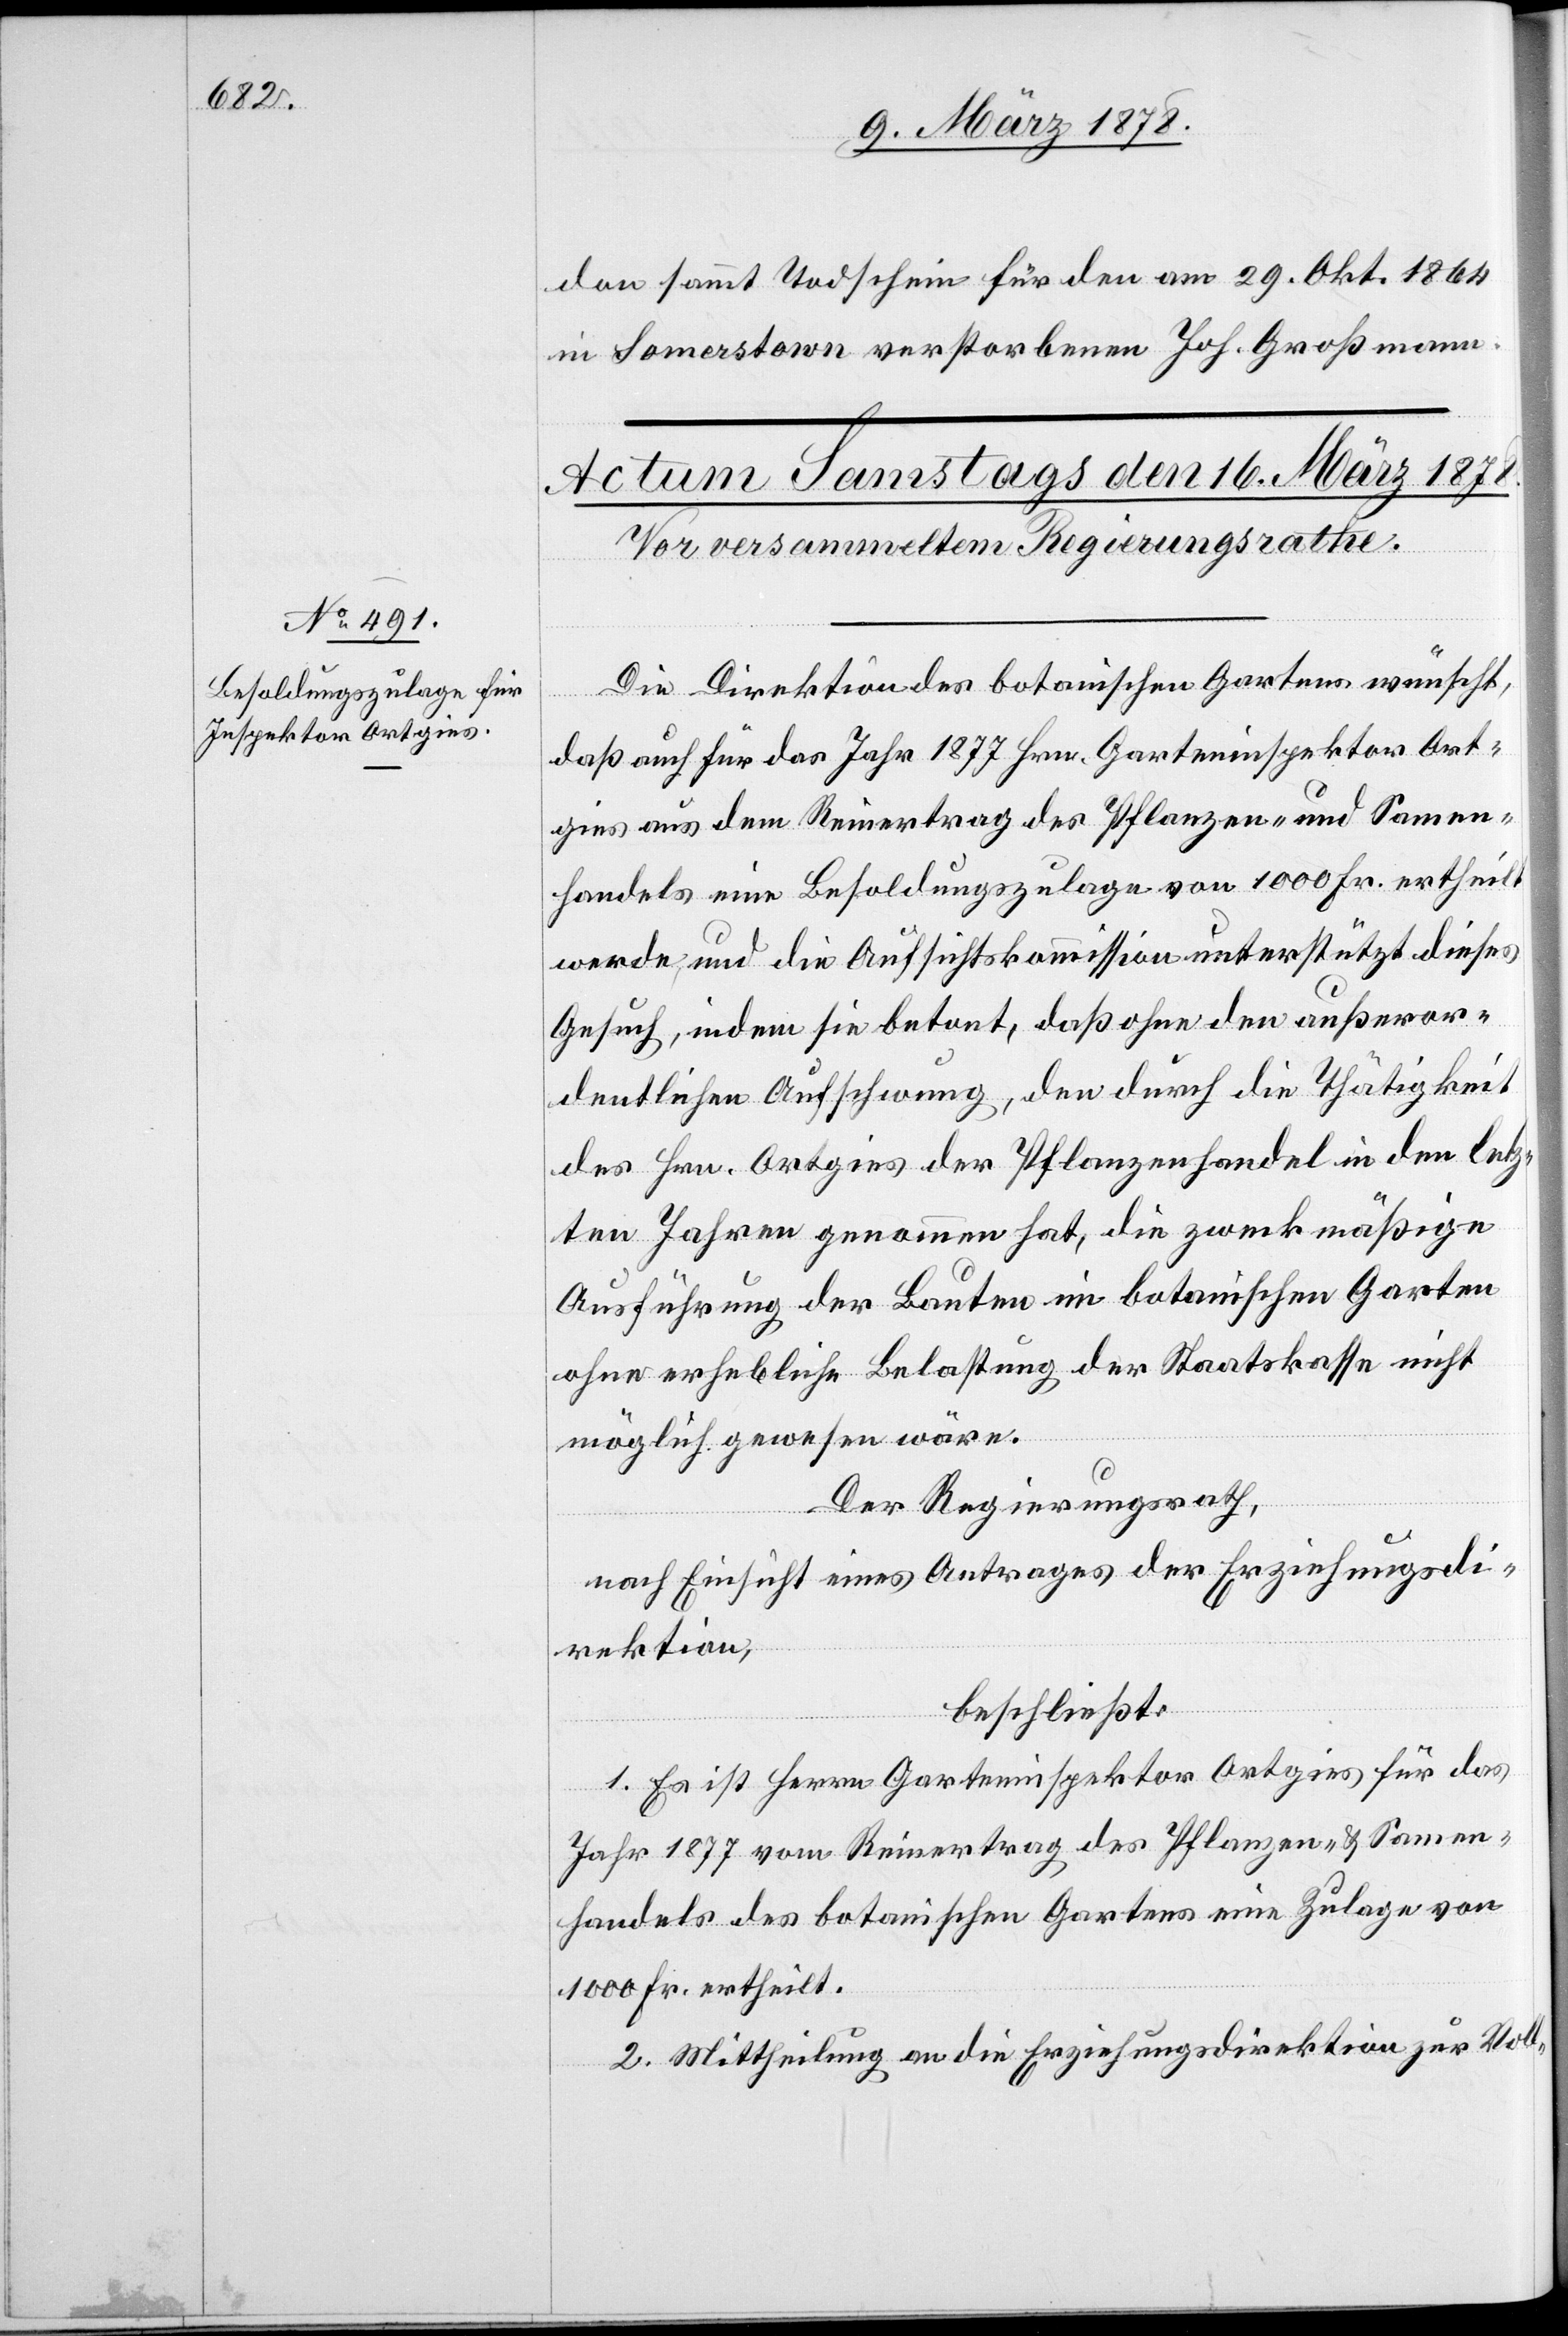
don sammt Todschein für den am 29. Okt. 1864
in Somerstown verstorbenen Joh. Großmann.
Die Direktion des botanischen Gartens wünscht,
daß auch für das Jahr 1877 Hrn. Garteinspektor Ort¬
gies aus dem Reinertrag des Pflanzen- und Samen¬
handels eine Besoldungszulage von 1000 Fr. ertheilt
werde, und die Aufsichtskommission unterstützt dieses
Gesuch, indem sie betont, das ohne den außeror¬
dentlichen Aufschwung, den durch die Thätigkeit
des Hrn. Ortgies der Pflanzenhandel in den letz¬
ten Jahren genommen hat, die zweckmäßige
Ausführung der Bauten im botanischen Garten
ohne erhebliche Belastung der Staatskasse nicht
möglich gewesen wäre.
Der Regierungsrath,
nach Einsicht eines Antrages der Erziehungsdi¬
rektion,
beschließt:
1. Es ist Herrn Garteninspektor Ortgies für das
Jahr 1877 vom Reinertrag des Pflanzen- & Samen¬
handels des botanischen Gartens eine Zulage von
1000 Fr. ertheilt.
2. Mittheilung an die Erziehungsdirektion zur Voll-